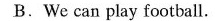
B.We can play football.